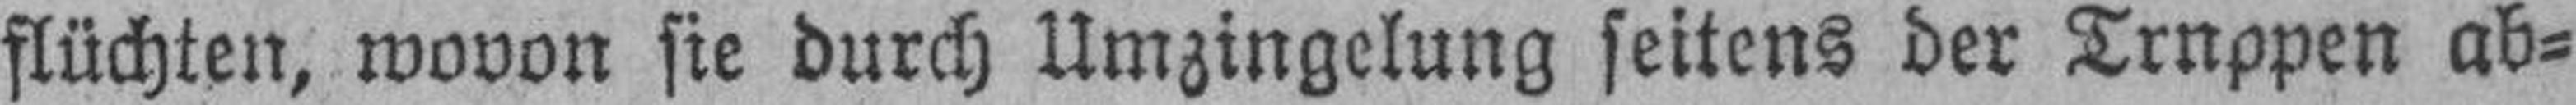
flüchten, wovon sie durch Umzingelung seitens der Truppen ab¬